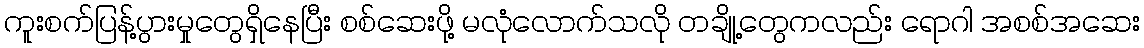
ကူးစက်ပြန့်ပွားမှုတွေရှိနေပြီး စစ်ဆေးဖို့ မလုံလောက်သလို တချို့တွေကလည်း ရောဂါ အစစ်အဆေး